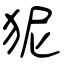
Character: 狔